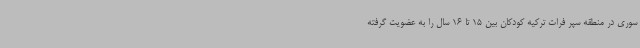
سوری در منطقه سپر فرات ترکیه کودکان بین 15 تا 16 سال را به عضویت گرفته